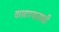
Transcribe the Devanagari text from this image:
काढण्यासाढी